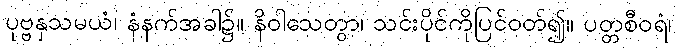
ပုဗ္ဗနှသမယံ၊ နံနက်အခါ၌။ နိဝါသေတွာ၊ သင်းပိုင်ကိုပြင်ဝတ်၍။ ပတ္တစီဝရံ၊